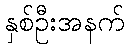
နှစ်ဦးအနက်